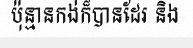
ប៉ុន្មានកង់ក៏បានដែរ និង